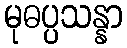
မုဓပ္ပသန္နာ